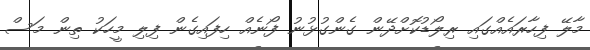
މާލޭ ފިހާރައެއްގައި ރިލޯޑުކޮށްދޭން ގެންގުޅުނު ފޯނެއް ހިފައިގެން ފިލި މީހަކު ތިން މަސް